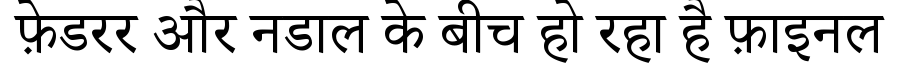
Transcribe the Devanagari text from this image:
फ़ेडरर और नडाल के बीच हो रहा है फ़ाइनल